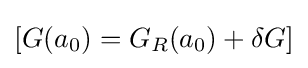
[G(a_{0})=G_{R}(a_{0})+\delta G]